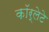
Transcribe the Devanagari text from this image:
कॉर्लेटे